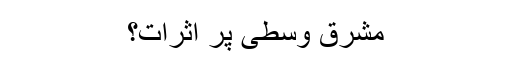
مشرق وسطی پر اثرات؟